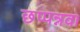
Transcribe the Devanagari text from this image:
छप्पन्नवा